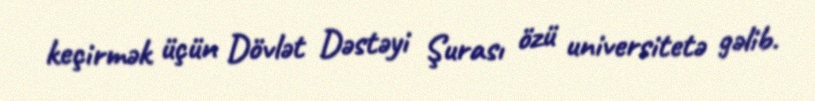
keçirmək üçün Dövlət Dəstəyi Şurası özü universitetə gəlib.